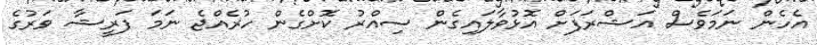
އެހެން ނަމަވެސް އަޝްރަފަށް އޮޅުވާލައިގެން ސިއްރު ކޮށްގެން ހުރެއްޖެ ނަމަ ފަރީޝާ ވަރުގެ